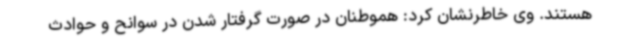
هستند. وی خاطرنشان کرد: هموطنان در صورت گرفتار شدن در سوانح و حوادث